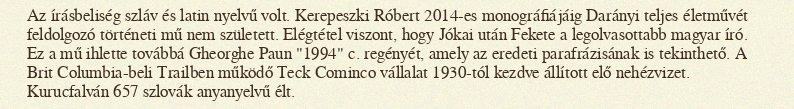
Az írásbeliség szláv és latin nyelvű volt. Kerepeszki Róbert 2014-es monográfiájáig Darányi teljes életművét feldolgozó történeti mű nem született. Elégtétel viszont, hogy Jókai után Fekete a legolvasottabb magyar író. Ez a mű ihlette továbbá Gheorghe Paun "1994" c. regényét, amely az eredeti parafrázisának is tekinthető. A Brit Columbia-beli Trailben működő Teck Cominco vállalat 1930-tól kezdve állított elő nehézvizet. Kurucfalván 657 szlovák anyanyelvű élt.